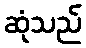
ဆုံသည်